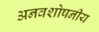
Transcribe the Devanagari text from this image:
अनवशोषनीय